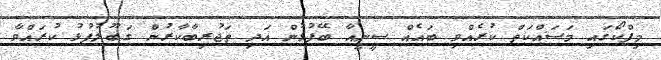
މިފްކޯގައި މަސައްކަތް ކުރެއްވި ބައެއް ސީނީއާ ބޭފުޅުން އަދި ތަޖުރިބާކާރުން ގަބޫލުފުޅު ކުރައްވާ